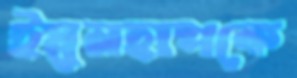
ইয়ুনহাপকে